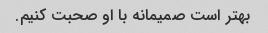
بهتر است صمیمانه با او صحبت کنیم.